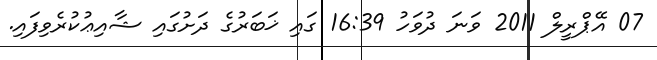
07 އޭޕްރީލް 2011 ވަނަ ދުވަހު 16:39 ގައި ޚަބަރުގެ ދަށުގައި ޝާއިޢުކުރެވިފައި.